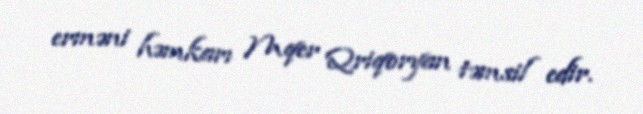
erməni həmkarı Mqer Qriqoryan təmsil edir.